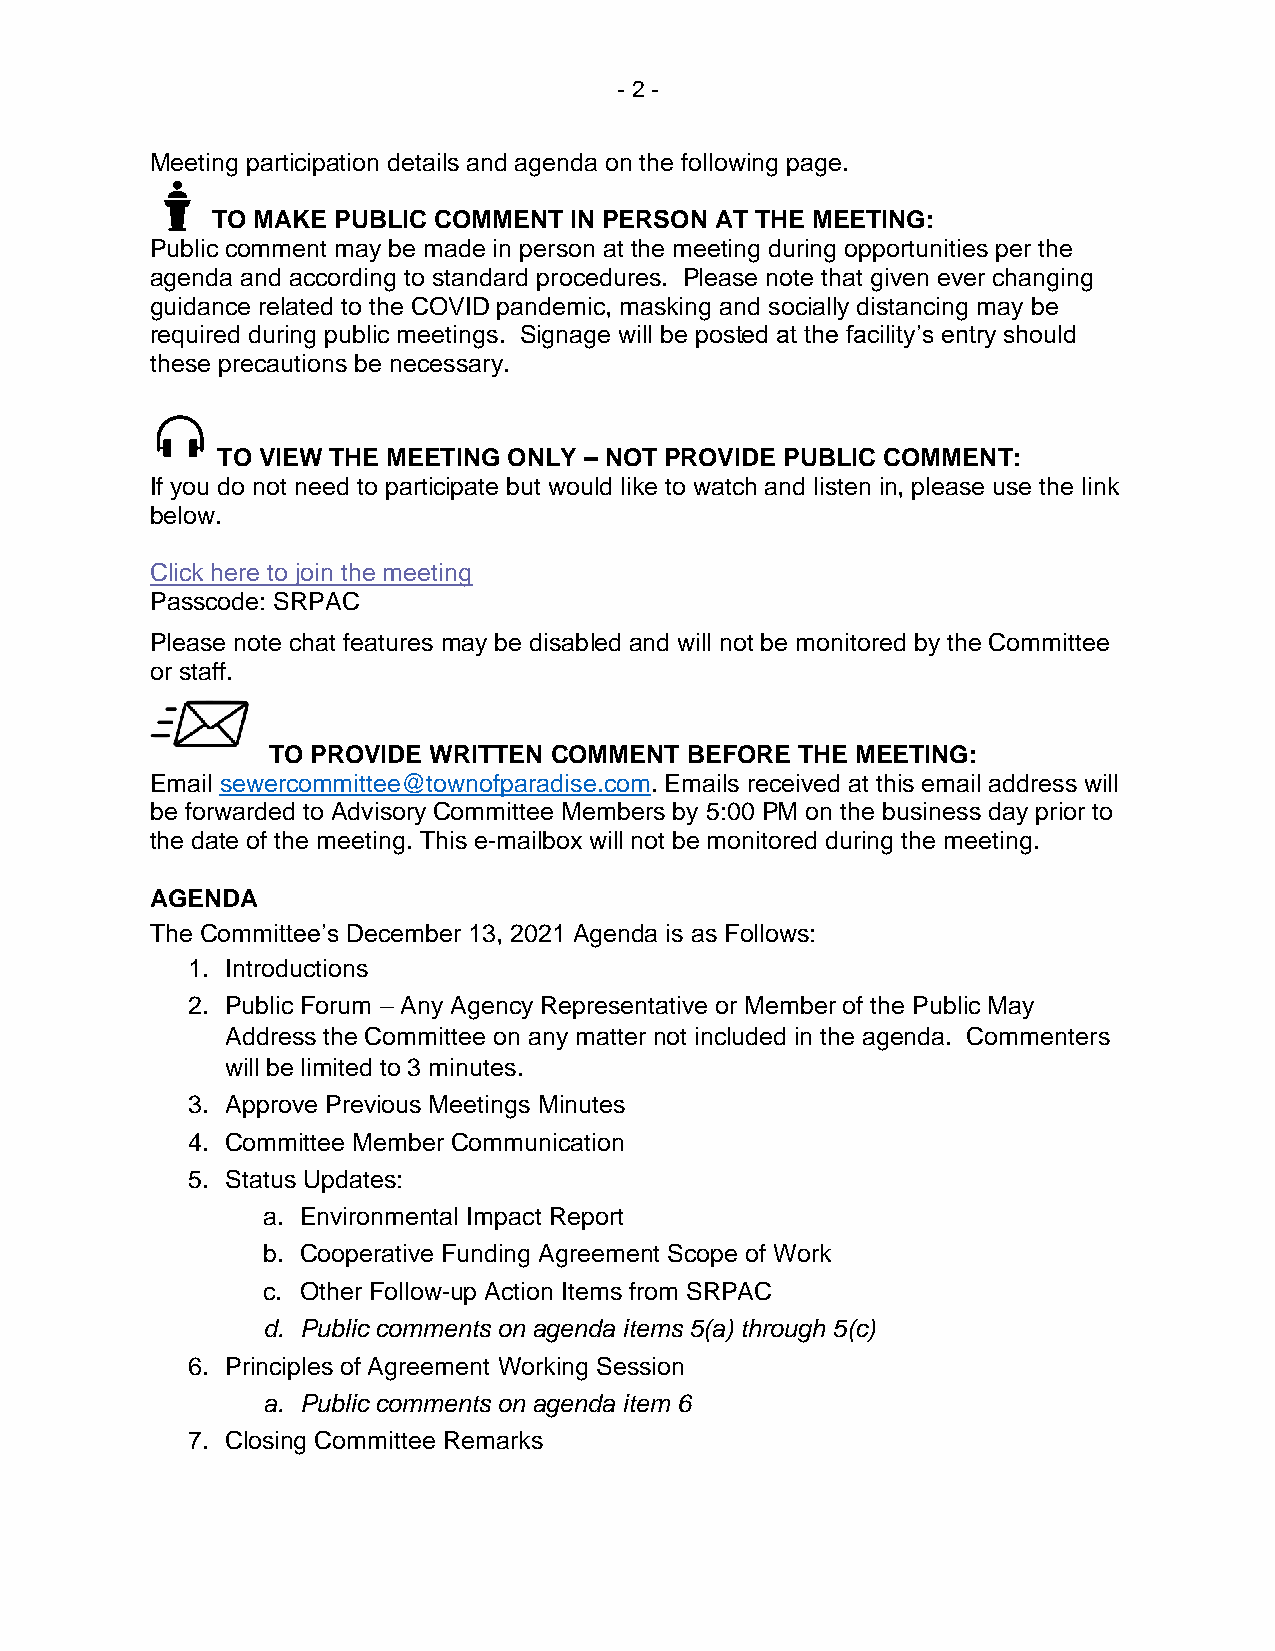
- 2 -
 Meeting participation details and agenda on the following page.
 TO MAKE PUBLIC COMMENT  IN PERSON AT THE MEETING:
 Public comment may be made in person at the meeting during opportunities per the
 agenda and according to standard procedures. Please note that given ever changing
 guidance related to the COVID pandemic, masking and socially distancing may be
 required during public meetings. Signage will be posted at the facility’s entry should
 these precautions be necessary.
 TO VIEW THE MEETING ONLY – NOT PROVIDE PUBLIC COMMENT:
 If you do not need to participate but would like to watch and listen in, please use the link
 below.
 Click here to join the meeting
 Passcode: SRPAC
 Please note chat features may be disabled and will not be monitored by the Committee
 or staff.
 TO PROVIDE WRITTEN COMMENT BEFORE  THE MEETING:
 Email sewercommittee@townofparadise.com. Emails received at this email address will
 be forwarded to Advisory Committee Members by 5:00 PM on the business day prior to
 the date of the meeting. This e-mailbox will not be monitored during the meeting.
 AGENDA
 The Committee’s December 13, 2021 Agenda is as Follows:
 1. Introductions
 2. Public Forum – Any Agency Representative or Member of the Public May
 Address the Committee on any matter not included in the agenda. Commenters
 will be limited to 3 minutes.
 3. Approve Previous Meetings Minutes
 4. Committee Member Communication
 5. Status Updates:
 a. Environmental Impact Report
 b. Cooperative Funding Agreement Scope of Work
 c. Other Follow-up Action Items from SRPAC
 d. Public comments on agenda items 5(a) through 5(c)
 6. Principles of Agreement Working Session
 a. Public comments on agenda item 6
 7. Closing Committee Remarks